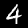
Label: 4